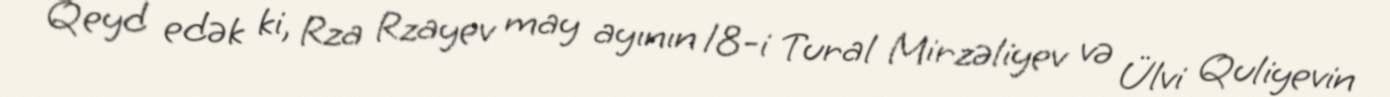
Qeyd edək ki, Rza Rzayev may ayının 18-i Tural Mirzəliyev və Ülvi Quliyevin